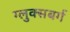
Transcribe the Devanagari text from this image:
ग्लुक्सबर्ग